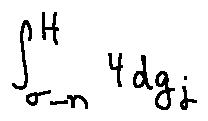
\int \limits _ { \sigma - n } ^ { H } 4 d g _ { j }